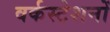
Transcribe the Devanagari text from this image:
वर्कस्टेशनों